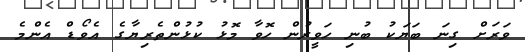
ވަރަށް ގިނަ ބަޔަކު ބުނި ހަވީރުން ހޮވާ މޮޅު ކުޅުންތެރިޔާގެ އެވޯޑް އެންމެ